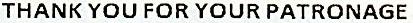
THANK YOU FOR YOUR PATRONAGE